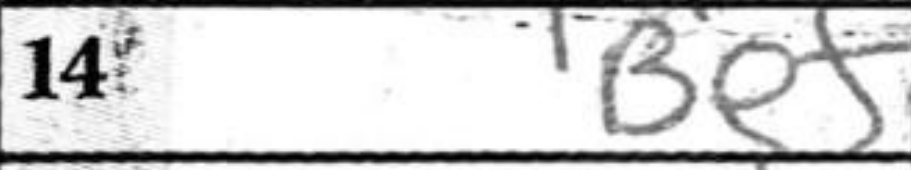
Transcription: Be+